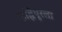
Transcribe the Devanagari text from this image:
ऋद्धिपूरला